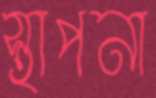
স্থাপনা